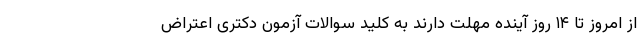
از امروز تا ۱۴ روز آینده مهلت دارند به کلید سوالات آزمون دکتری اعتراض